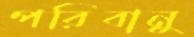
পরিবানু